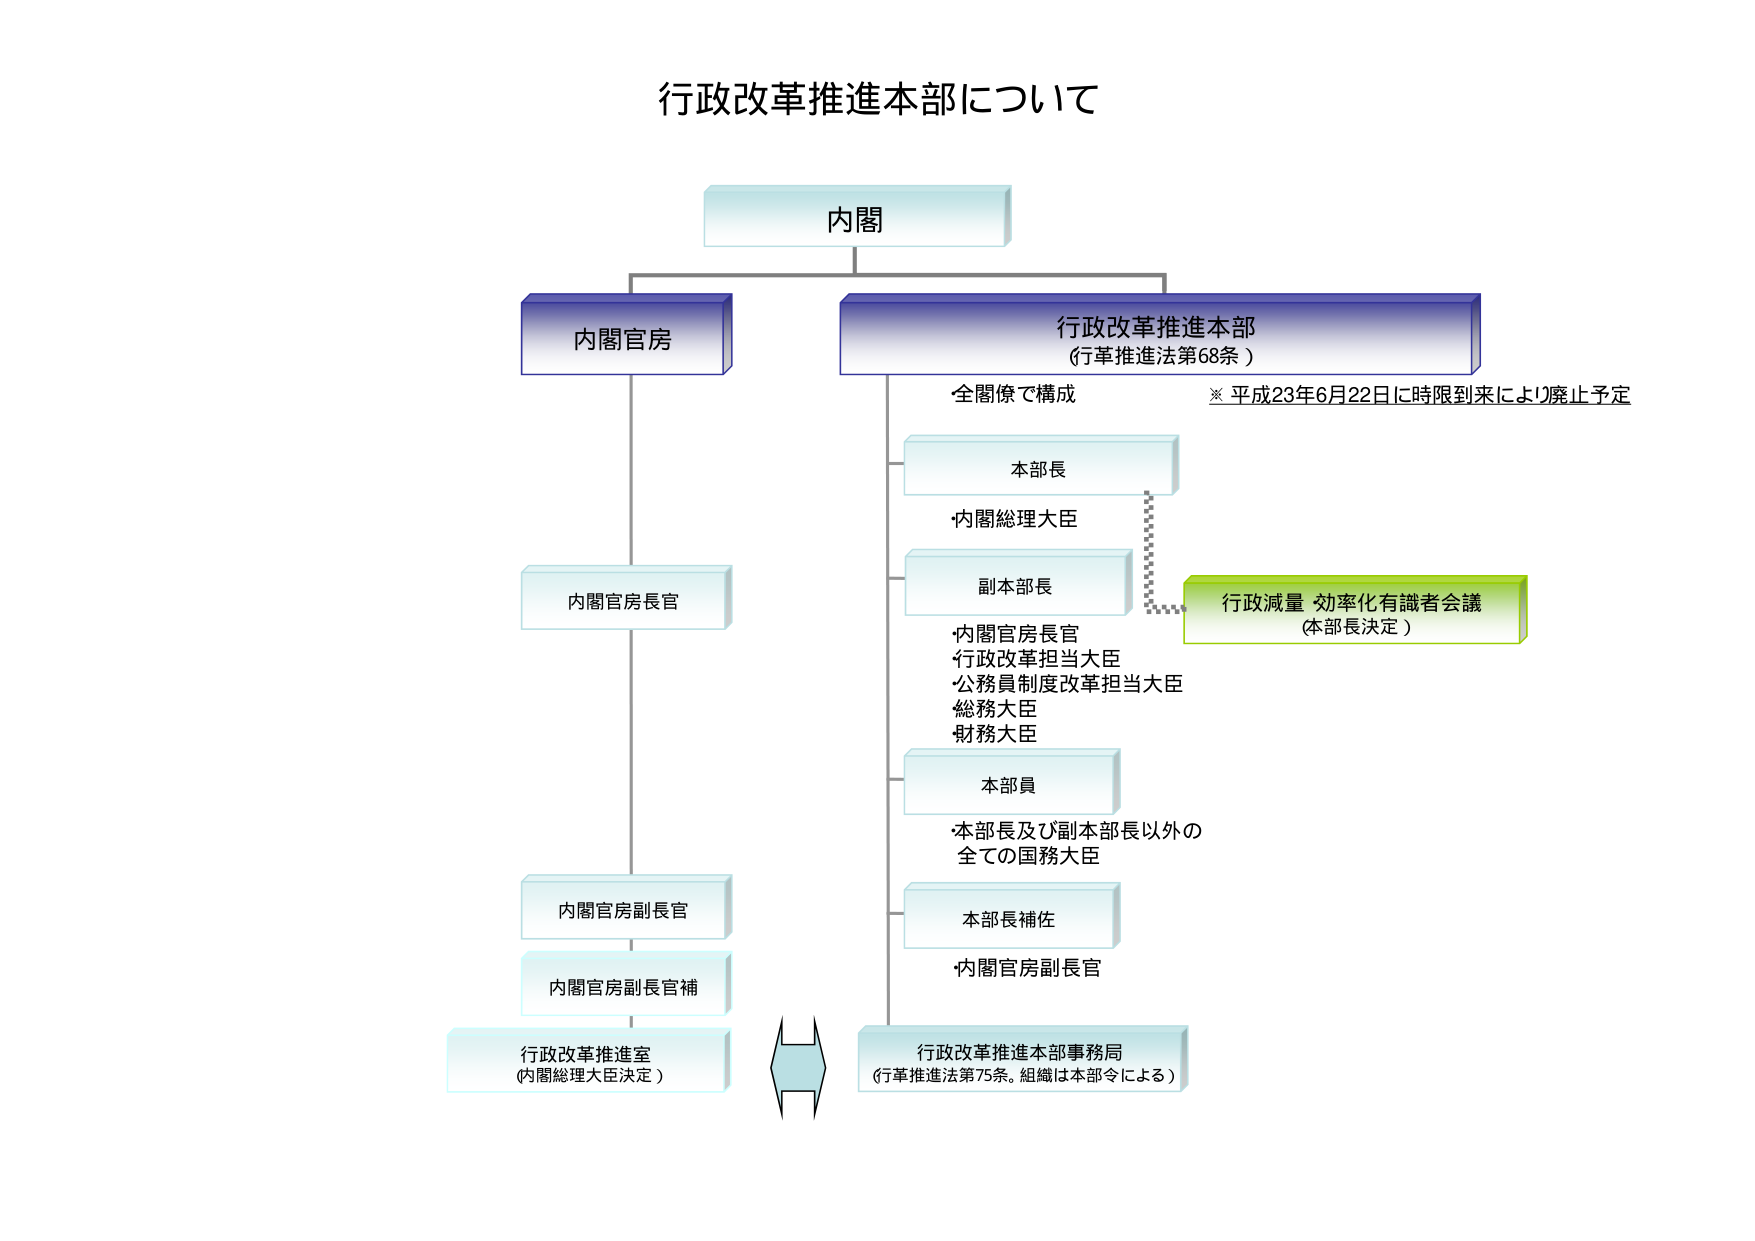
行政改革推進本部について

内閣

内閣官房
行政改革推進本部
（行革推進法第68条）

全閣僚で構成
※ 平成23年6月22日に時限到来により廃止予定

本部長
・内閣総理大臣

副本部長
・内閣官房長官
・行政改革担当大臣
・公務員制度改革担当大臣
・総務大臣
・財務大臣

本部員
・本部長及び副本部長以外の
全ての国務大臣

本部長補佐
・内閣官房副長官

行政減量 効率化有識者会議
（本部長決定）

内閣官房長官

内閣官房副長官

内閣官房副長官補

行政改革推進室
（内閣総理大臣決定）

行政改革推進本部事務局
（行革推進法第75条。組織は本部令による）